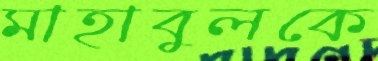
মাহাবুলকে